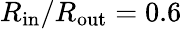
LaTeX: R_{\mathrm{in}}/R_{\mathrm{out}}=0.6